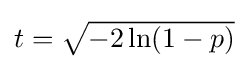
{\textstyle t={\sqrt {-2\ln(1-p)}}}